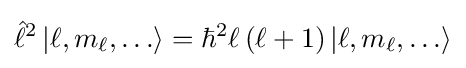
{{\hat {\ell }}^{2}}\left|\ell ,m_{\ell },\ldots \right\rangle ={\hbar ^{2}}\ell \left(\ell +1\right)\left|\ell ,m_{\ell },\ldots \right\rangle